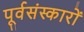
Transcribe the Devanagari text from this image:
पूर्वसंस्कारों